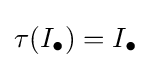
\tau (I_{\bullet })=I_{\bullet }